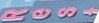
Rest